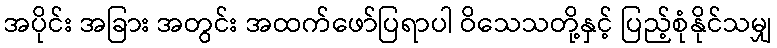
အပိုင်း အခြား အတွင်း အထက်ဖော်ပြရာပါ ဝိသေသတို့နှင့် ပြည့်စုံနိုင်သမျှ